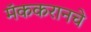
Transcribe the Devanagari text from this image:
मॅककरानचे